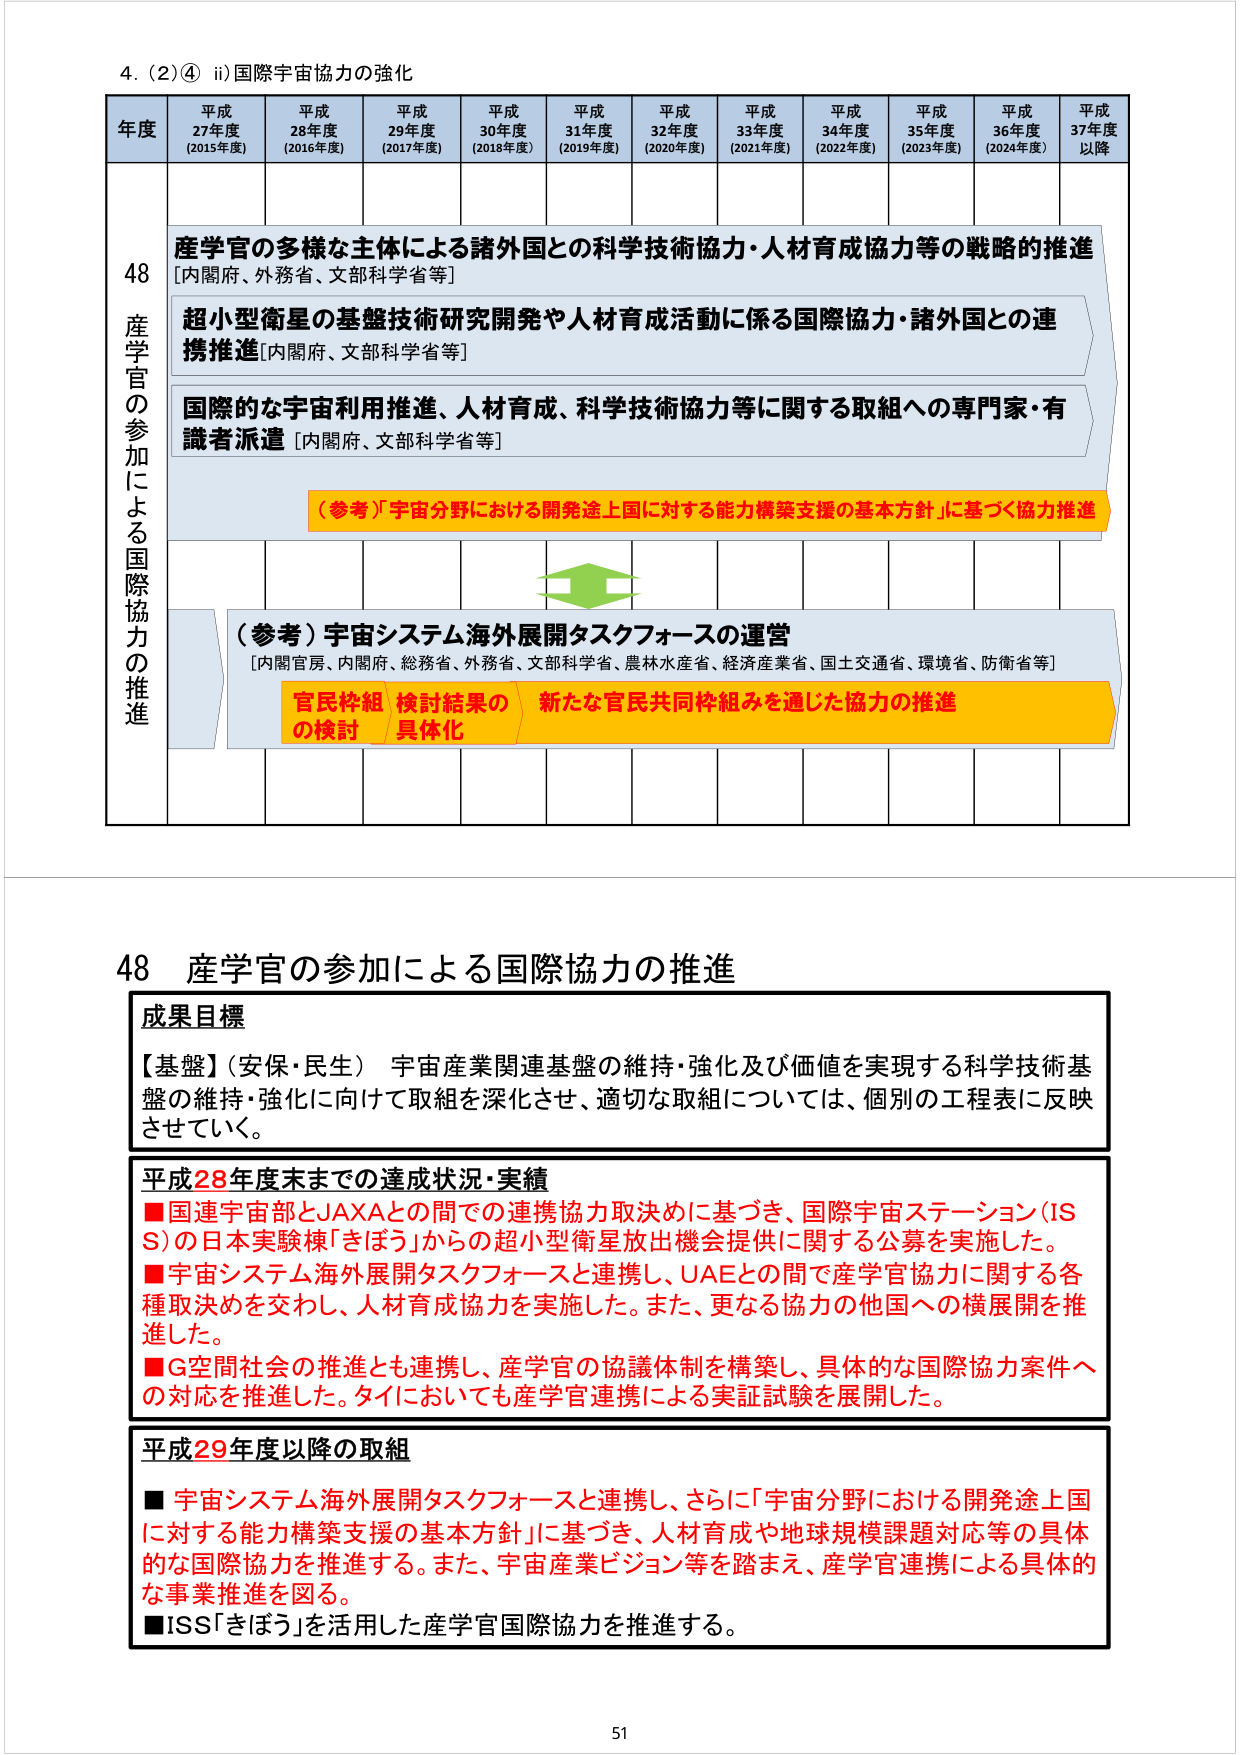
4. (2)④ ii) 国際宇宙協力の強化

年度 平成27年度 (2015年度) 平成28年度 (2016年度) 平成29年度 (2017年度) 平成30年度 (2018年度) 平成31年度 (2019年度) 平成32年度 (2020年度) 平成33年度 (2021年度) 平成34年度 (2022年度) 平成35年度 (2023年度) 平成36年度 (2024年度) 平成37年度以降

48 産学官の参加による国際協力の推進

産学官の多様な主体による諸外国との科学技術協力・人材育成協力等の戦略的推進 [内閣府、外務省、文部科学省等]

超小型衛星の基盤技術研究開発や人材育成活動に係る国際協力・諸外国との連携推進 [内閣府、文部科学省等]

国際的な宇宙利用推進、人材育成、科学技術協力等に関する取組への専門家・有識者派遣 [内閣府、文部科学省等]

（参考）「宇宙分野における開発途上国に対する能力構築支援の基本方針」に基づく協力推進

（参考）宇宙システム海外展開タスクフォースの運営 [内閣官房、内閣府、総務省、外務省、文部科学省、農林水産省、経済産業省、国土交通省、環境省、防衛省等]

官民枠組の検討 検討結果の具体化 新たな官民共同枠組みを通じた協力の推進

48 産学官の参加による国際協力の推進

成果目標
【基盤】（安保・民生） 宇宙産業関連基盤の維持・強化及び価値を実現する科学技術基盤の維持・強化に向けて取組を深化させ、適切な取組については、個別の工程表に反映させていく。

平成28年度末までの達成状況・実績
■国連宇宙部とJAXAとの間での連携協力取決めに基づき、国際宇宙ステーション（ISS）の日本実験棟「きぼう」からの超小型衛星放出機会提供に関する公募を実施した。
■宇宙システム海外展開タスクフォースと連携し、UAEとの間で産学官協力に関する各種取決めを交わし、人材育成協力を実施した。また、更なる協力の他国への横展開を推進した。
■G空間社会の推進とも連携し、産学官の協議体制を構築し、具体的な国際協力案件への対応を推進した。タイにおいても産学官連携による実証試験を展開した。

平成29年度以降の取組
■ 宇宙システム海外展開タスクフォースと連携し、さらに「宇宙分野における開発途上国に対する能力構築支援の基本方針」に基づき、人材育成や地球規模課題対応等の具体的な国際協力を推進する。また、宇宙産業ビジョン等を踏まえ、産学官連携による具体的な事業推進を図る。
■ISS「きぼう」を活用した産学官国際協力を推進する。

51